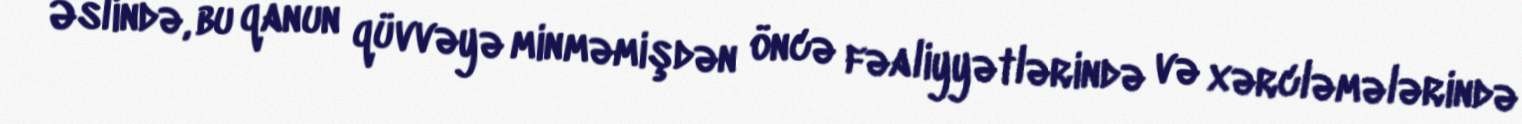
Əslində, bu qanun qüvvəyə minməmişdən öncə fəaliyyətlərində və xərcləmələrində